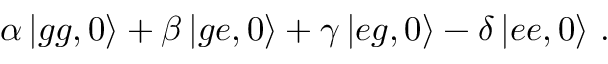
\alpha \left| g g , 0 \right\rangle + \beta \left| g \boldsymbol e , \boldsymbol { 0 } \right\rangle + \gamma \left| e g , 0 \right\rangle - \delta \left| e \boldsymbol e , \boldsymbol { 0 } \right\rangle \, .